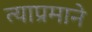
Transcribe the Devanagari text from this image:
त्याप्रमाने